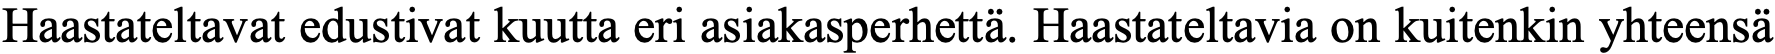
Haastateltavat edustivat kuutta eri asiakasperhettä. Haastateltavia on kuitenkin yhteensä